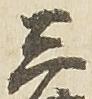
三